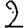
Digit: 2